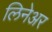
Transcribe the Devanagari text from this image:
लिनेअर